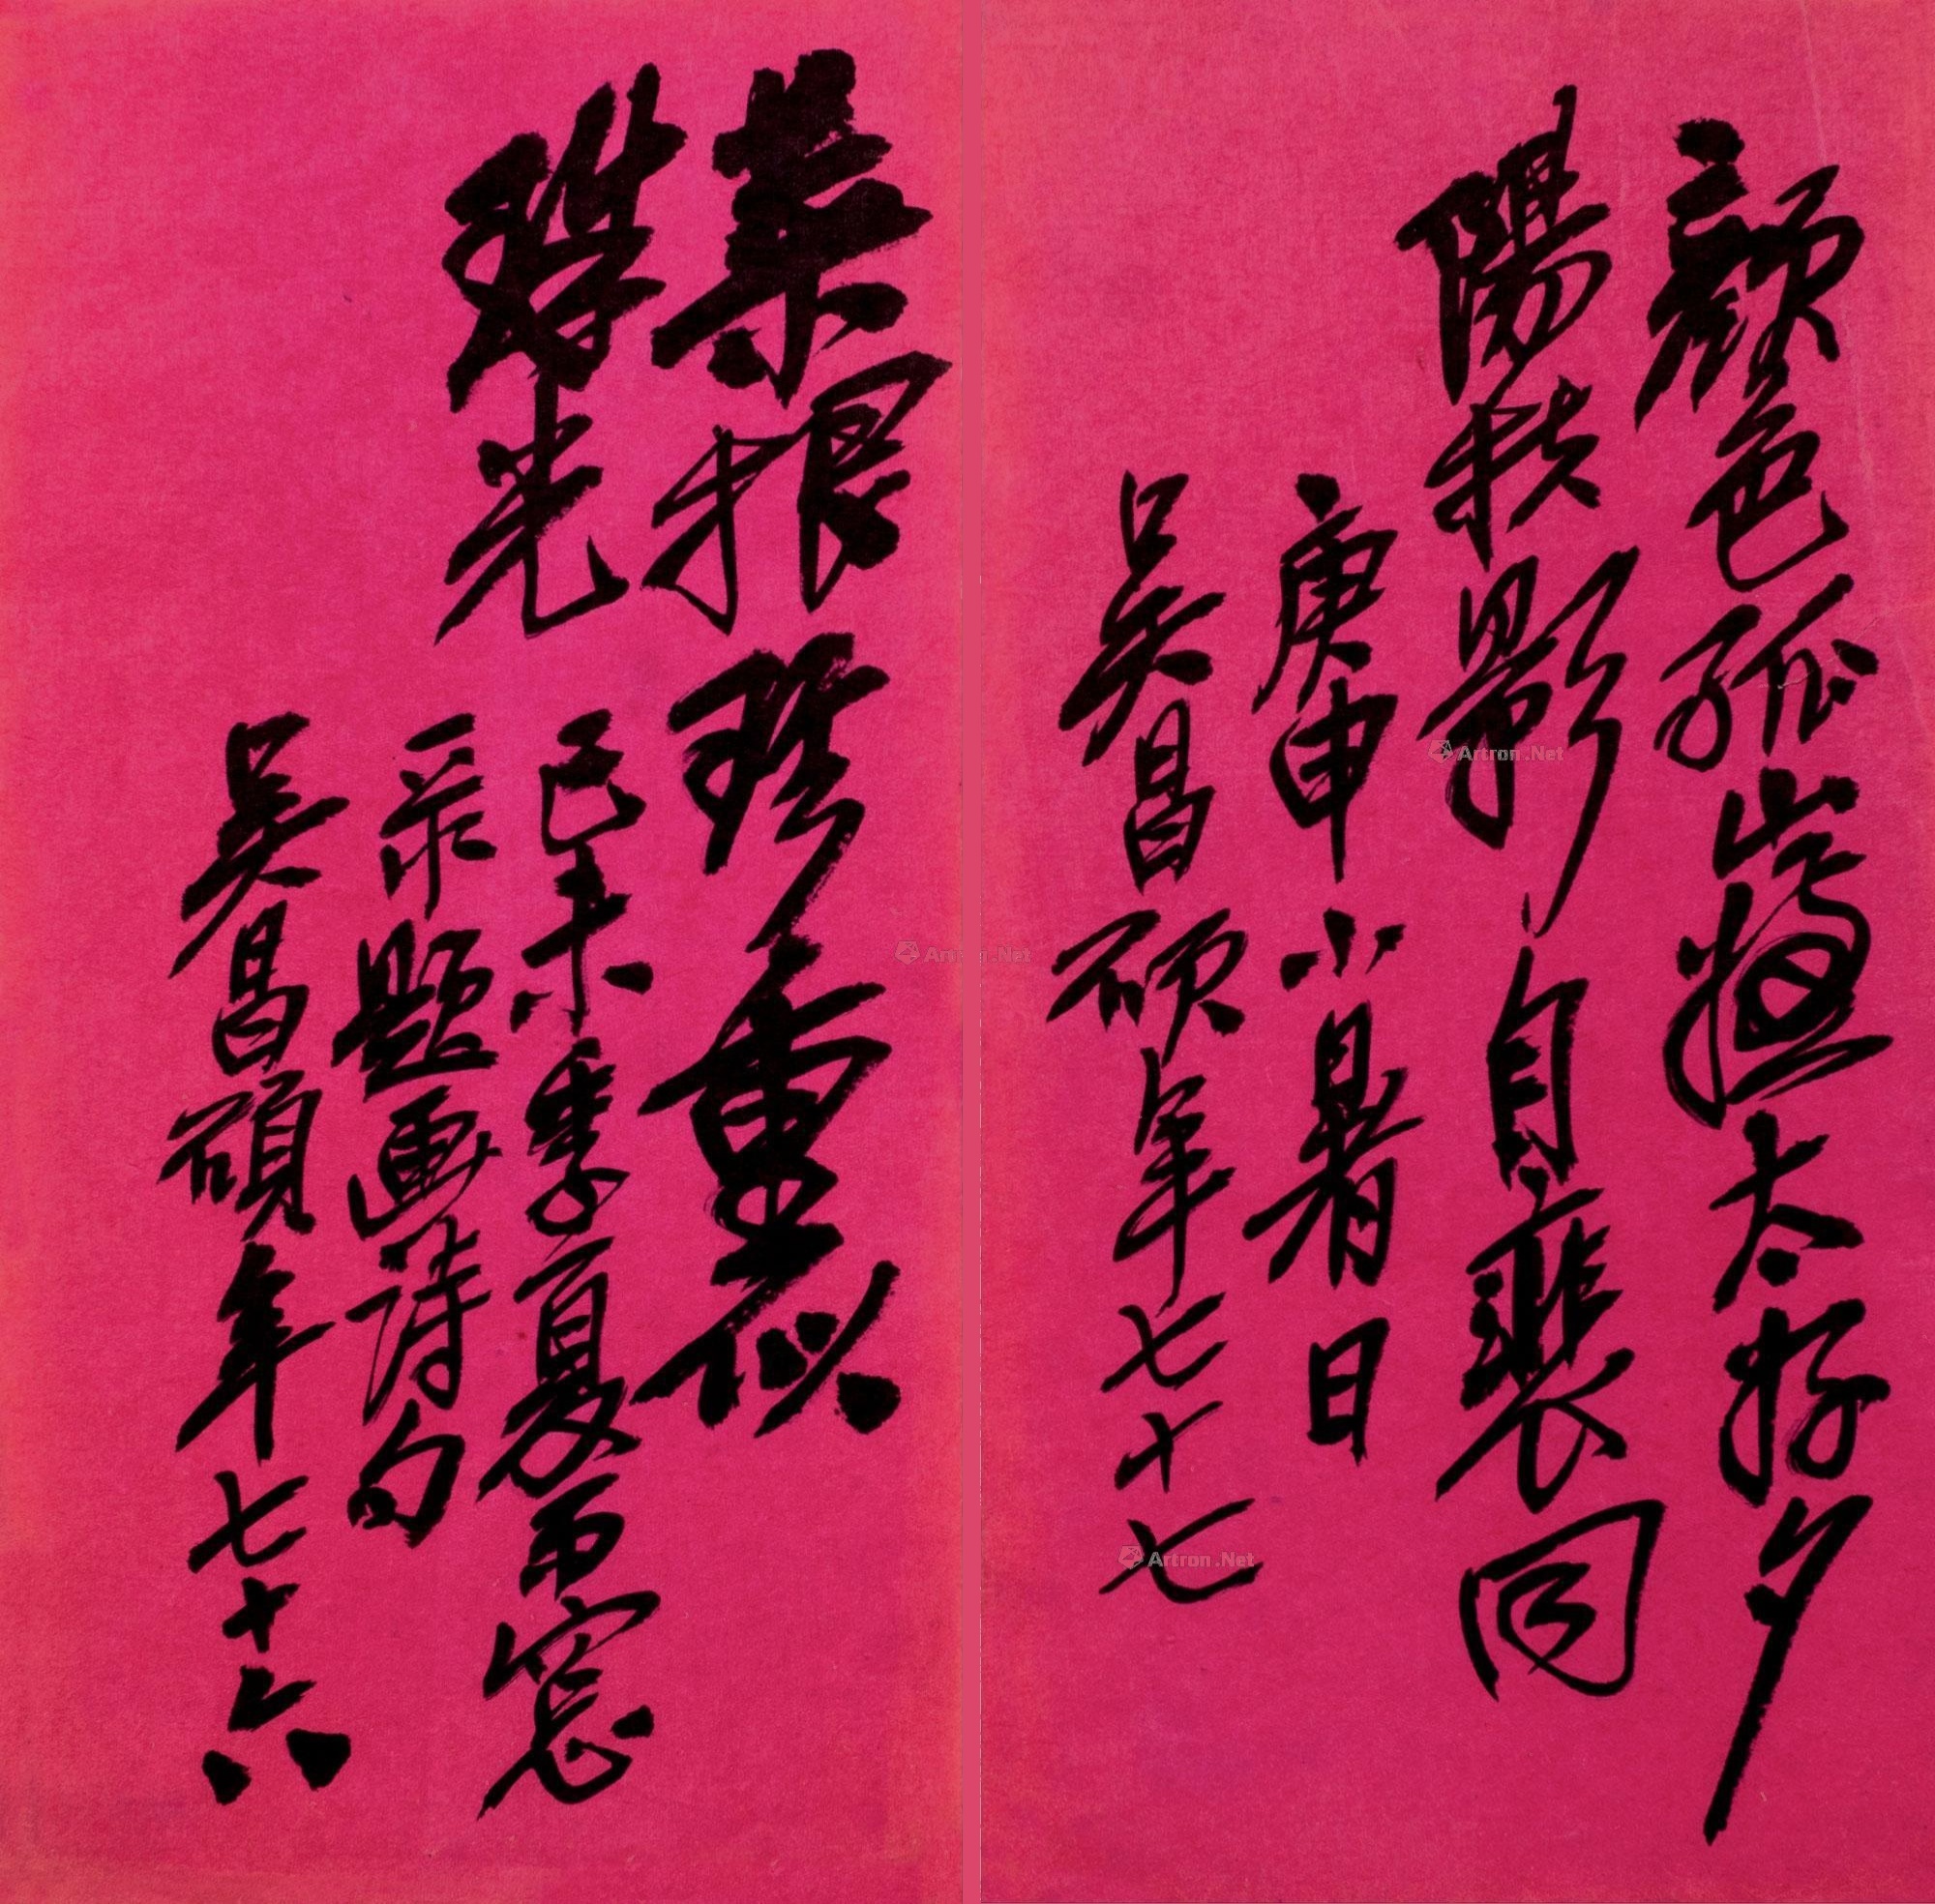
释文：颜色孤山嫌太好，夕阳扶影自裴回。
菜根珍重似珠光。1、庚申小暑日，吴昌硕年七十七。
2、己未季夏雨窗录题画诗句，吴昌硕年七十六。